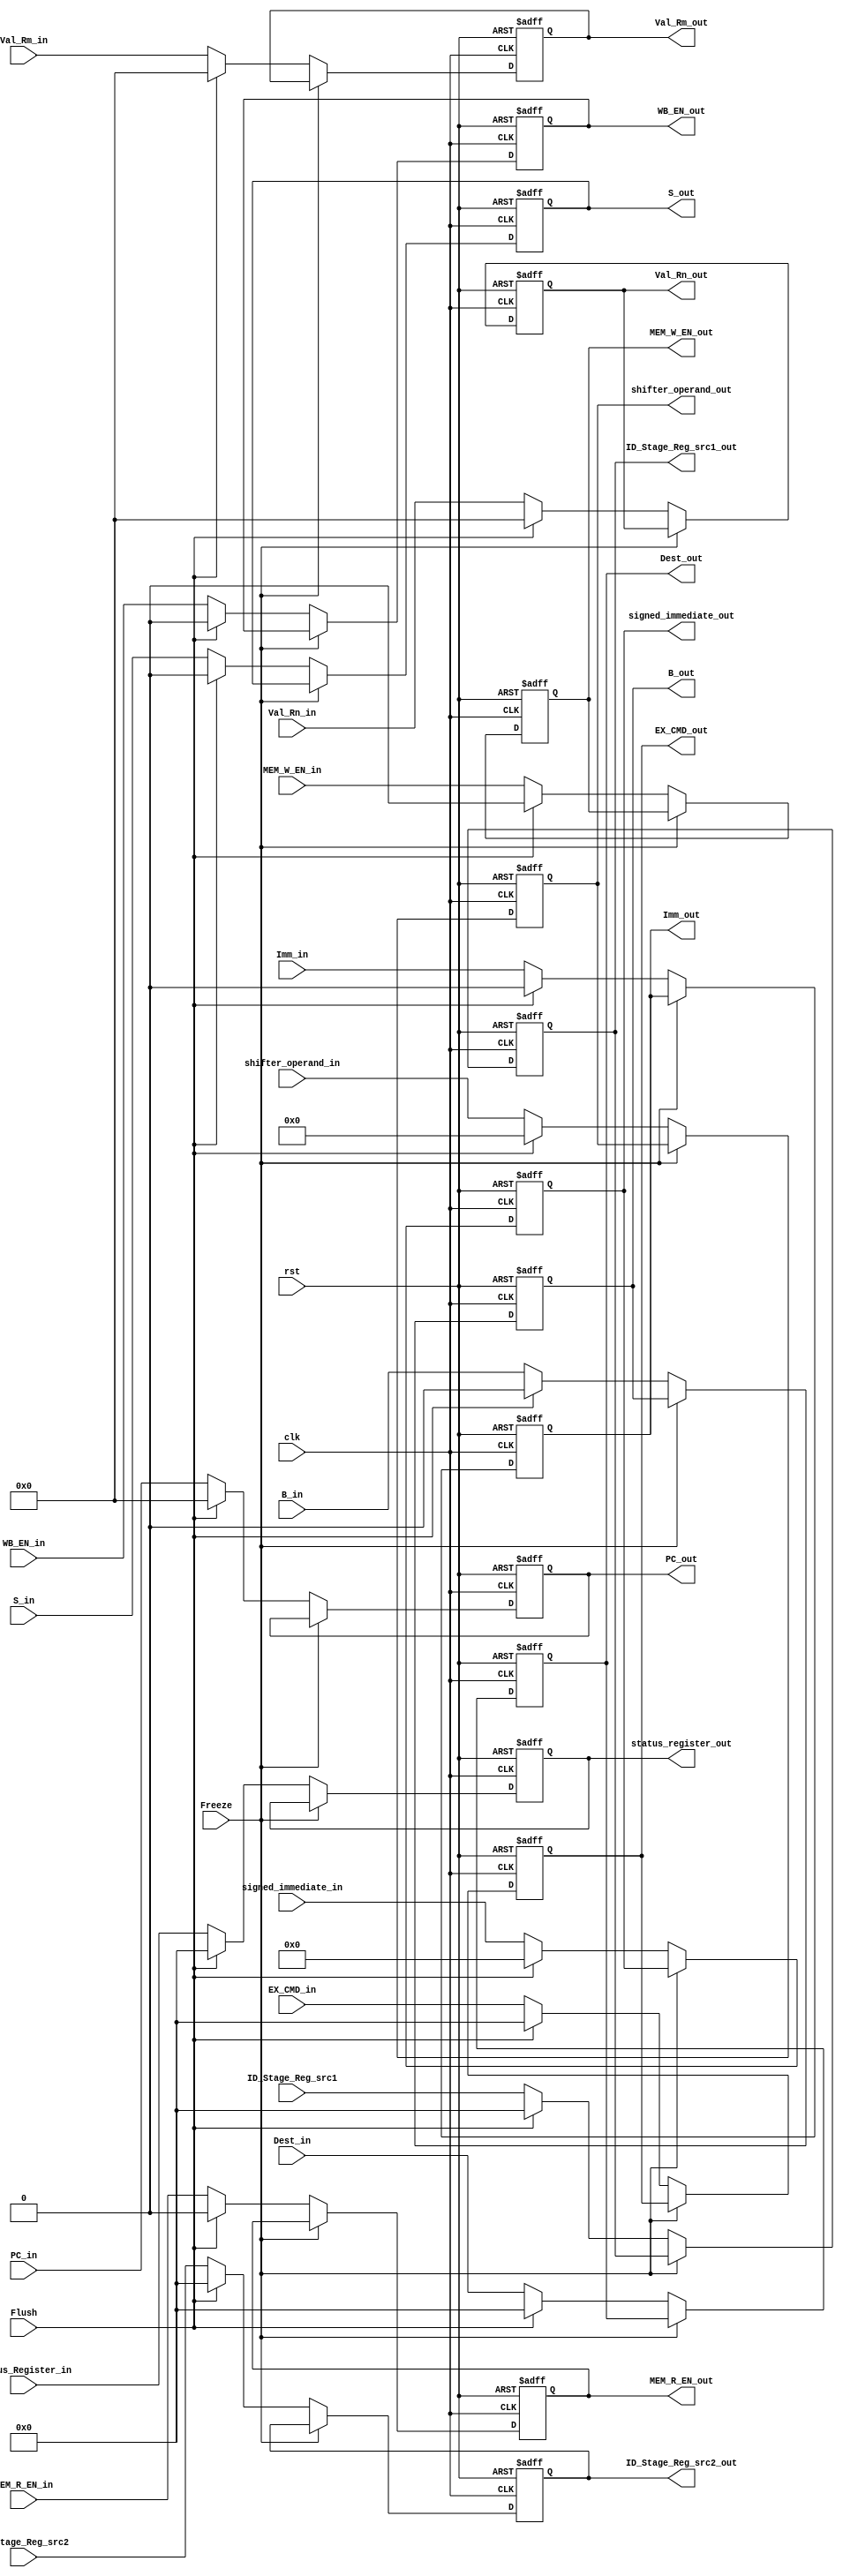
module ID_Stage_Reg
(
    input                                   clk,
    input                                   rst,
    input                                   Flush,
    input                                   Freeze,
    input                                   MEM_R_EN_in, 
    input                                   MEM_W_EN_in, 
    input                                   WB_EN_in, 
    input                                   Imm_in, 
    input                                   B_in,
    input                                   S_in,
    input [3:0] 				            EX_CMD_in,
    input [3:0]                             Status_Register_in,
    input [3:0]                  		    Dest_in,
    input [3:0]                  		    ID_Stage_Reg_src1,
    input [3:0]                  		    ID_Stage_Reg_src2,
    input [11:0]                            shifter_operand_in,
    input [23:0]                 		    signed_immediate_in,
    input [31:0]                            PC_in,
    input [31:0]             			    Val_Rn_in,
    input [31:0]             			    Val_Rm_in,

    output reg                              MEM_R_EN_out, 
    output reg                              MEM_W_EN_out, 
    output reg                              WB_EN_out, 
    output reg                              Imm_out, 
    output reg                              B_out,
    output reg                              S_out,
    output reg [3:0] 						EX_CMD_out,
    output reg [3:0]                        status_register_out,
    output reg [3:0]                     	Dest_out,
    output reg [3:0]                  		ID_Stage_Reg_src1_out,
    output reg [3:0]                  		ID_Stage_Reg_src2_out,
    output reg [11:0]                       shifter_operand_out,
    output reg [23:0]                		signed_immediate_out,
    output reg [31:0]                       PC_out,
    output reg [31:0]            			Val_Rn_out,
    output reg [31:0]            			Val_Rm_out
);

    always @(posedge clk, posedge rst) begin
        if (rst) begin
            MEM_R_EN_out <= 0;
            MEM_W_EN_out <= 0;
            WB_EN_out <= 0;
            Imm_out <= 0;
            B_out <= 0;
            S_out <= 0;
            EX_CMD_out <= 0;
            status_register_out <= 0;
            signed_immediate_out <= 0;
            shifter_operand_out <= 0;
            Dest_out <= 0;
            PC_out <= 0;
            Val_Rn_out <= 0;
            Val_Rm_out <=0;
            ID_Stage_Reg_src1_out <= 0;
            ID_Stage_Reg_src2_out <= 0;
        end
        else if (Freeze) begin
            MEM_R_EN_out <= MEM_R_EN_out;
            MEM_W_EN_out <= MEM_W_EN_out;
            WB_EN_out <= WB_EN_out;
            Imm_out <= Imm_out;
            B_out <= B_out;
            S_out <= S_out;
            EX_CMD_out <= EX_CMD_out;
            status_register_out <= status_register_out;
            signed_immediate_out <= signed_immediate_out;
            shifter_operand_out <= shifter_operand_out;
            Dest_out <= Dest_out;
            PC_out <= PC_out;
            Val_Rn_out <= Val_Rn_out;
            Val_Rm_out <= Val_Rm_out;
            ID_Stage_Reg_src1_out <= ID_Stage_Reg_src1_out;
            ID_Stage_Reg_src2_out <= ID_Stage_Reg_src2_out;
        end
       	else if (Flush) begin
            MEM_R_EN_out <= 0;
            MEM_W_EN_out <= 0;
            WB_EN_out <= 0;
            Imm_out <= 0;
            B_out <= 0;
            S_out <= 0;
            EX_CMD_out <= 0;
            status_register_out <= 0;
            signed_immediate_out <= 0;
            shifter_operand_out <= 0;
            Dest_out <= 0;
            PC_out <= 0;
            Val_Rn_out <= 0;
            Val_Rm_out <=0;
            ID_Stage_Reg_src1_out <= 0;
            ID_Stage_Reg_src2_out <= 0;
        end
        else begin
            MEM_R_EN_out <= MEM_R_EN_in;
            MEM_W_EN_out <= MEM_W_EN_in;
            WB_EN_out <= WB_EN_in;
            Imm_out <= Imm_in;
            B_out <= B_in;
            S_out <= S_in;
            EX_CMD_out <= EX_CMD_in;
            status_register_out <= Status_Register_in;
            signed_immediate_out <= signed_immediate_in;
            shifter_operand_out <= shifter_operand_in;
            Dest_out <= Dest_in;
            PC_out <= PC_in;
            Val_Rn_out <= Val_Rn_in;
            Val_Rm_out <= Val_Rm_in;
            ID_Stage_Reg_src1_out <= ID_Stage_Reg_src1;
            ID_Stage_Reg_src2_out <= ID_Stage_Reg_src2;
        end
    end

endmodule